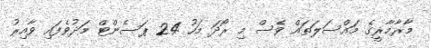
މާރާމާރީގެ މައްސަލަތައް ވެސް މި ރޯދަ މަހު 24 ޕަސެންޓް މަދުވެފައި ވާއިރު